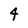
Character: 4